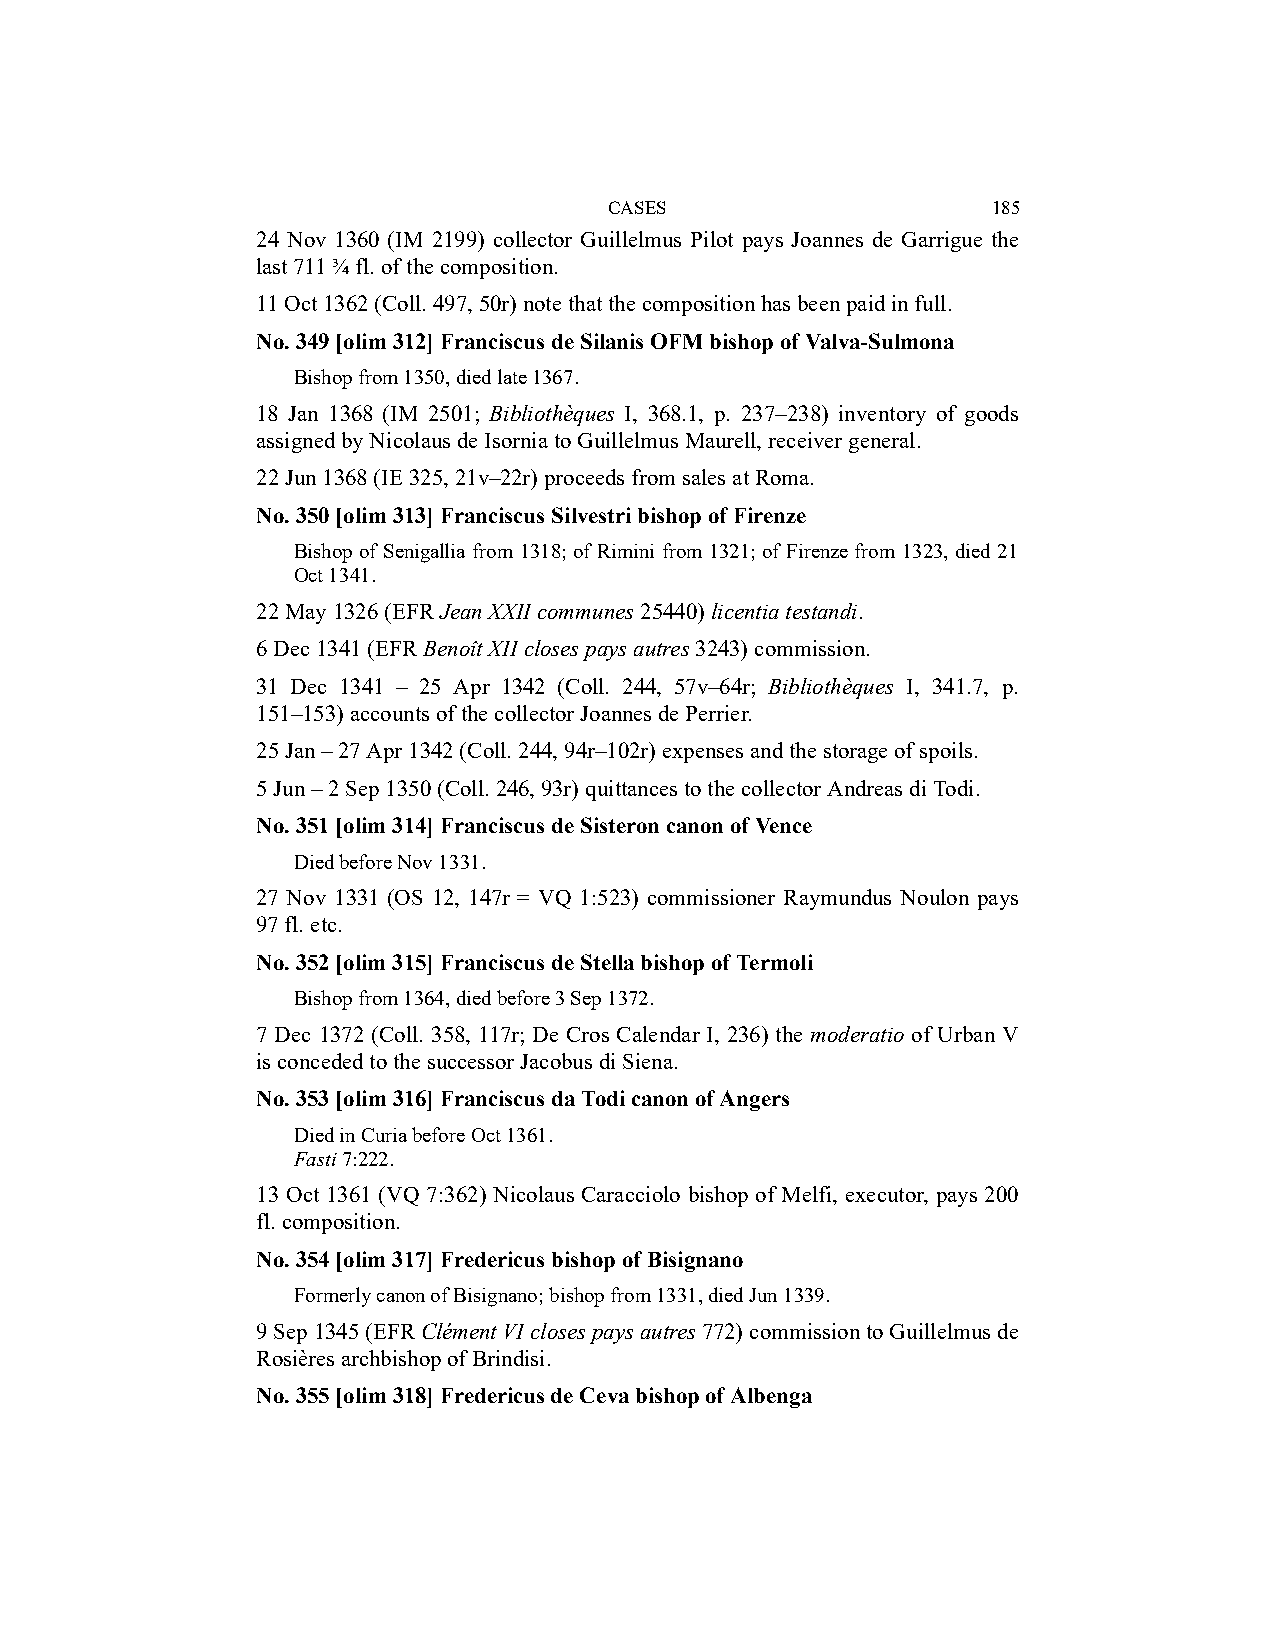
CASES                     185
 24 Nov 1360 (IM 2199) collector Guillelmus Pilot pays Joannes de Garrigue the
 last 711 ¾ fl. of the composition.
 11 Oct 1362 (Coll. 497, 50r) note that the composition has been paid in full.
 No. 349 [olim 312] Franciscus de Silanis OFM bishop of Valva-Sulmona
 Bishop from 1350, died late 1367.
 18 Jan 1368 (IM 2501; Bibliothèques I, 368.1, p. 237–238) inventory of goods
 assigned by Nicolaus de Isornia to Guillelmus Maurell, receiver general.
 22 Jun 1368 (IE 325, 21v–22r) proceeds from sales at Roma.
 No. 350 [olim 313] Franciscus Silvestri bishop of Firenze
 Bishop of Senigallia from 1318; of Rimini from 1321; of Firenze from 1323, died 21
 Oct 1341.
 22 May 1326 (EFR Jean XXII communes 25440) licentia testandi.
 6 Dec 1341 (EFR Benoît XII closes pays autres 3243) commission.
 31 Dec 1341 – 25 Apr 1342 (Coll. 244, 57v–64r; Bibliothèques I, 341.7, p.
 151–153) accounts of the collector Joannes de Perrier.
 25 Jan – 27 Apr 1342 (Coll. 244, 94r–102r) expenses and the storage of spoils.
 5 Jun – 2 Sep 1350 (Coll. 246, 93r) quittances to the collector Andreas di Todi.
 No. 351 [olim 314] Franciscus de Sisteron canon of Vence
 Died before Nov 1331.
 27 Nov 1331 (OS 12, 147r = VQ 1:523) commissioner Raymundus Noulon pays
 97 fl. etc.
 No. 352 [olim 315] Franciscus de Stella bishop of Termoli
 Bishop from 1364, died before 3 Sep 1372.
 7 Dec 1372 (Coll. 358, 117r; De Cros Calendar I, 236) the moderatio of Urban V
 is conceded to the successor Jacobus di Siena.
 No. 353 [olim 316] Franciscus da Todi canon of Angers
 Died in Curia before Oct 1361.
 Fasti 7:222.
 13 Oct 1361 (VQ 7:362) Nicolaus Caracciolo bishop of Melfi, executor, pays 200
 fl. composition.
 No. 354 [olim 317] Fredericus bishop of Bisignano
 Formerly canon of Bisignano; bishop from 1331, died Jun 1339.
 9 Sep 1345 (EFR Clément VI closes pays autres 772) commission to Guillelmus de
 Rosières archbishop of Brindisi.
 No. 355 [olim 318] Fredericus de Ceva bishop of Albenga